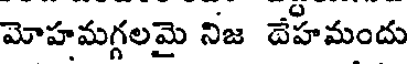
మోహమగ్గలమై నిజ దేహమందు